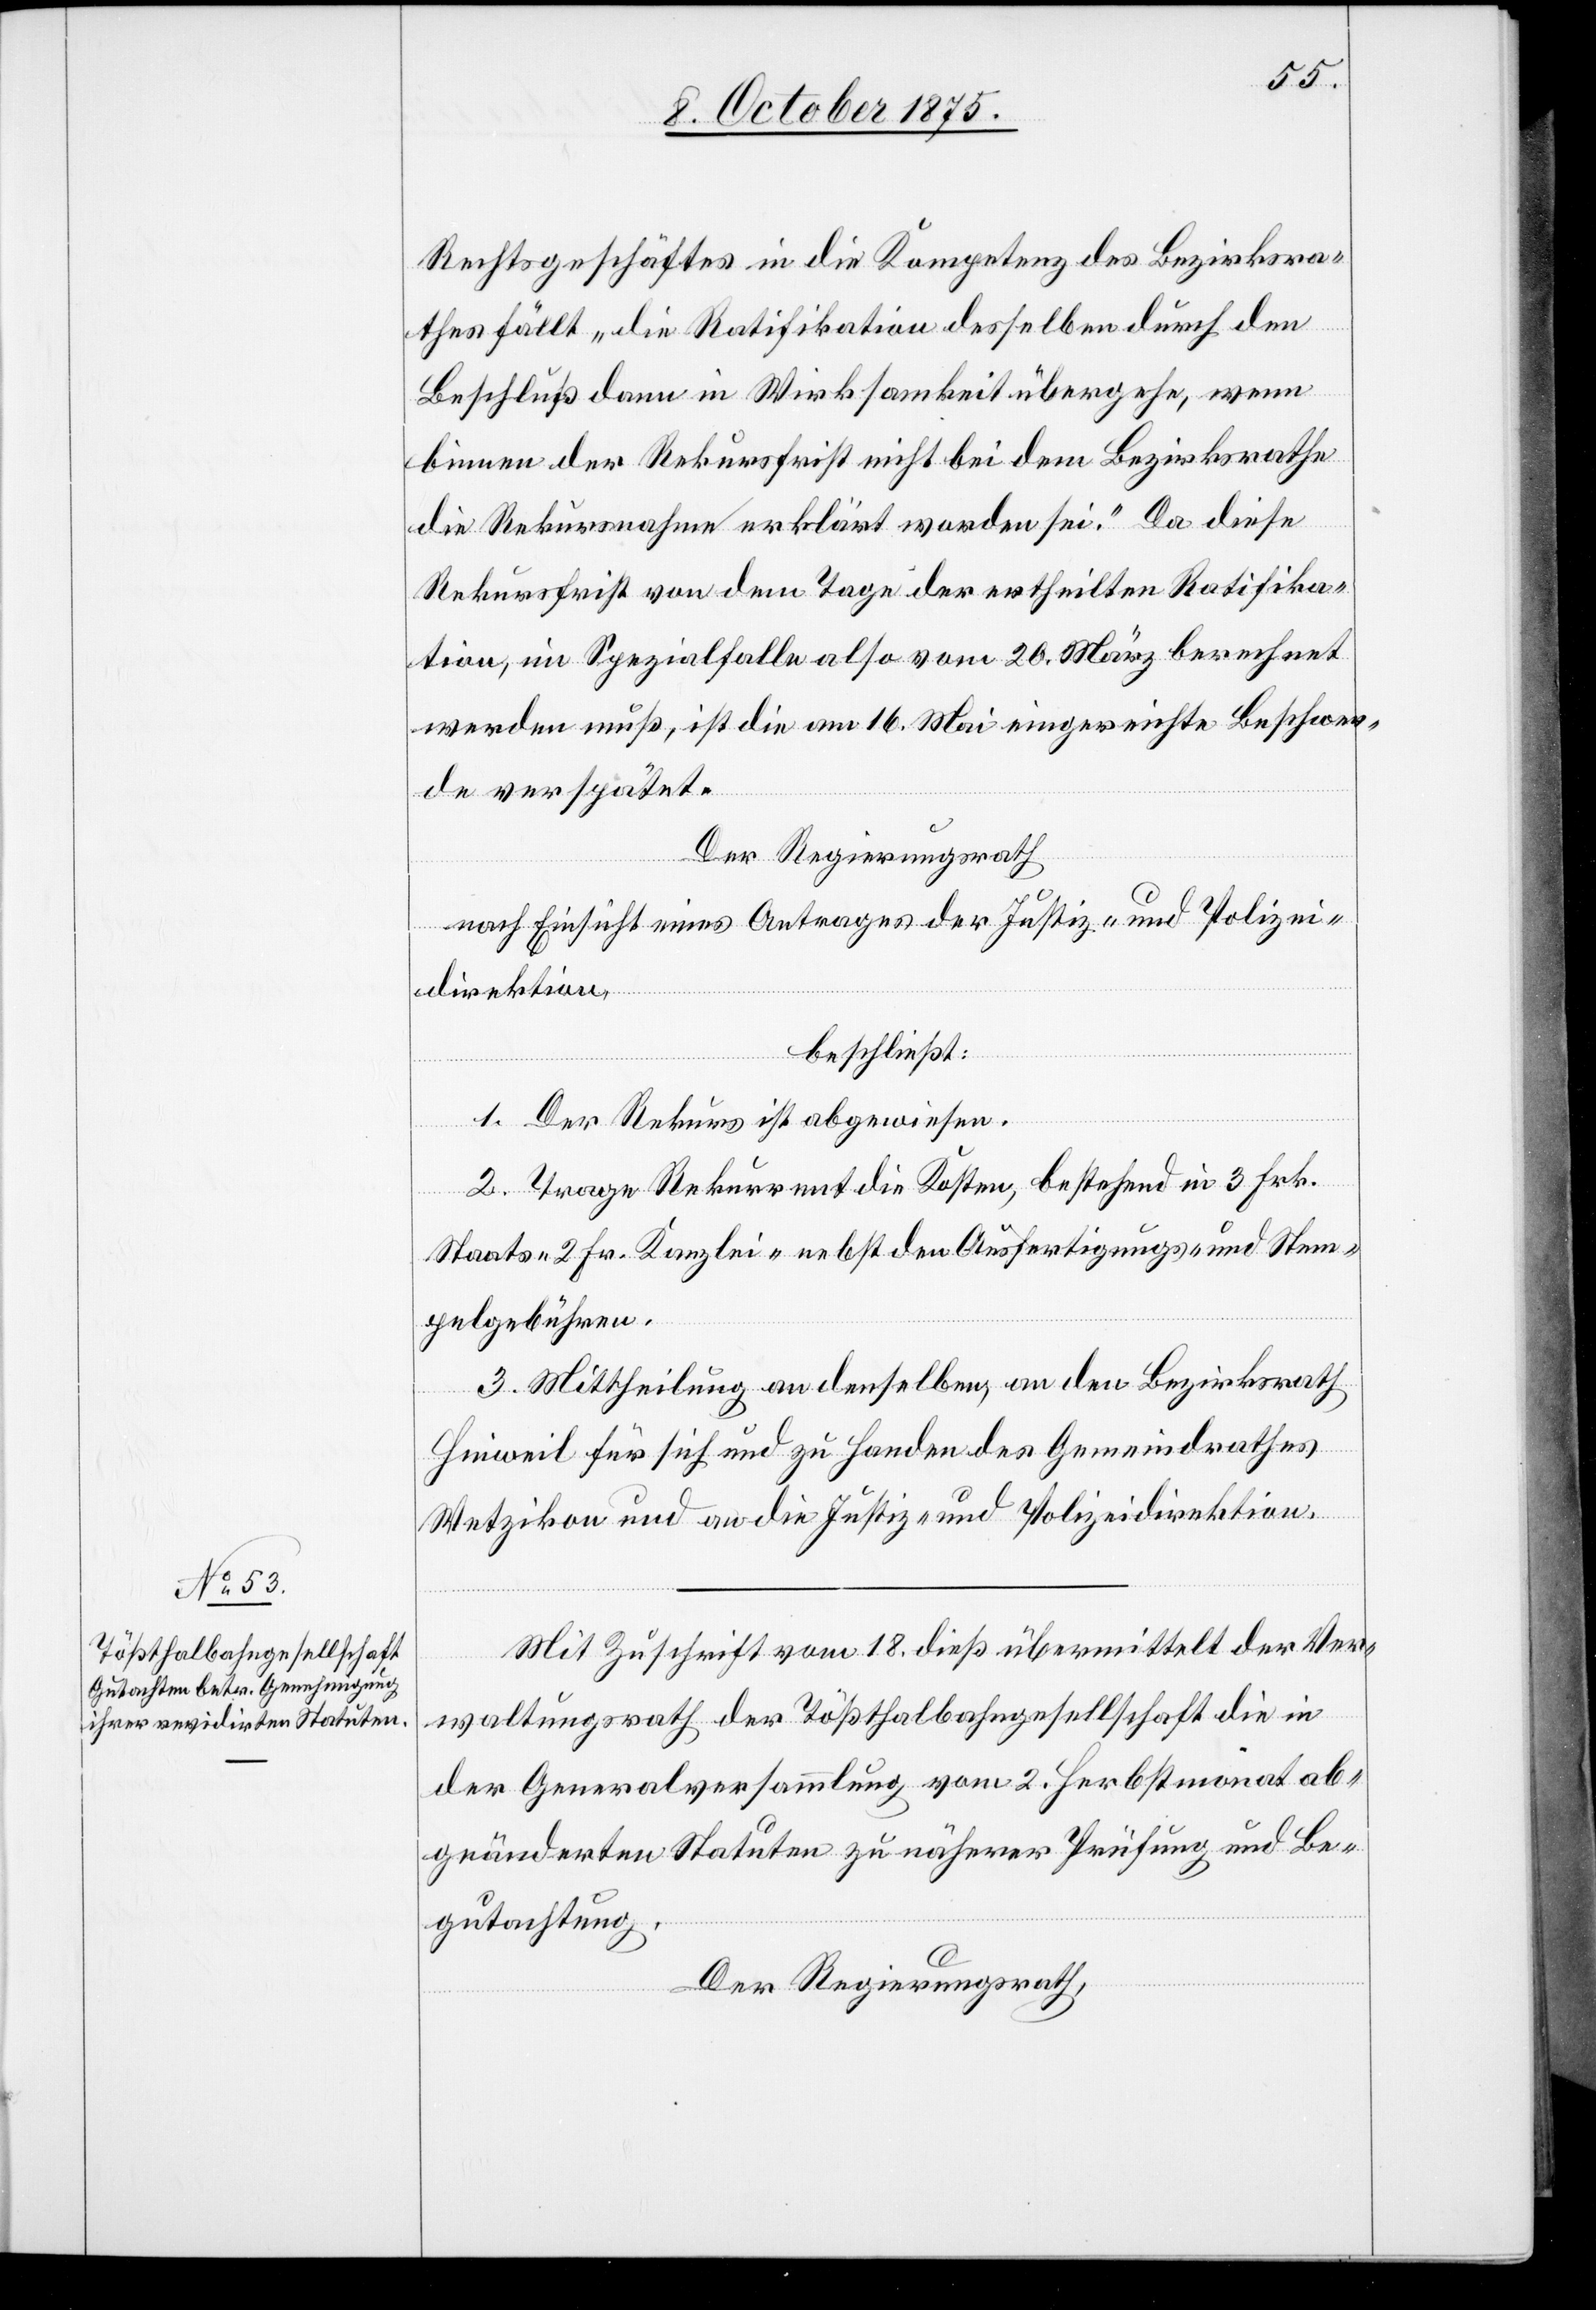
Rechtsgeschäftes in die Kompetenz des Bezirksra¬
thes fällt „die Ratifikation desselben durch den
Beschluß dann in Wirksamkeit übergehe, wenn
binnen der Rekursfrist nicht bei dem Bezirksrathe
die Rekursnahme erklärt worden sei.“ Da diese
Rekursfrist von dem Tage der ertheilten Ratifika¬
tion, im Spezialfalle also vom 20. März berechnet
werden muß, ist die am 16. Mai eingereichte Beschwer¬
de verspätet.
Der Regierungsrath
nach Einsicht eines Antrages der Justiz- und Polizei¬
direktion,
beschließt:
1. Der Rekurs ist abgewiesen.
2. Trage der Rekurrent die Kosten, bestehend in 3 Frk.
Staats- 2 Fr. Kanzlei- nebst den Ausfertigungs- und Stem¬
pelgebühren.
3. Mittheilung an denselben, an den Bezirksrath
Hinweil für sich und zu Handen des Gemeindrathes
Wetzikon und an die Justiz- und Polizeidirektion.
Mit Zuschrift vom 18. dieß übermittelt der Ver¬
waltungsrath der Tößthalbahngesellschaft die in
der Generalversammlung vom 2. Herbstmonat ab¬
geänderten Statuten zu näherer Prüfung und Be¬
gutachtung.
Der Regierungsrath,